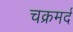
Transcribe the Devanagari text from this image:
चक्रमर्द